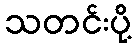
သတင်းပို့